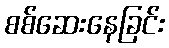
စစ်ဆေးနေခြင်း